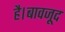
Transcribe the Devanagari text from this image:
है।बावजूद